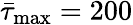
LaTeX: {\bar{\tau}_{\operatorname*{max}}}=200